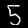
Digit: 5